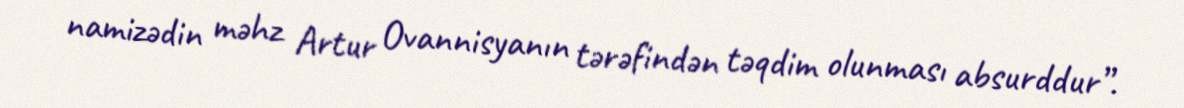
namizədin məhz Artur Ovannisyanın tərəfindən təqdim olunması absurddur”.